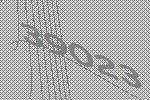
39023